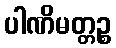
ပါဏိမတ္တဉ္စ